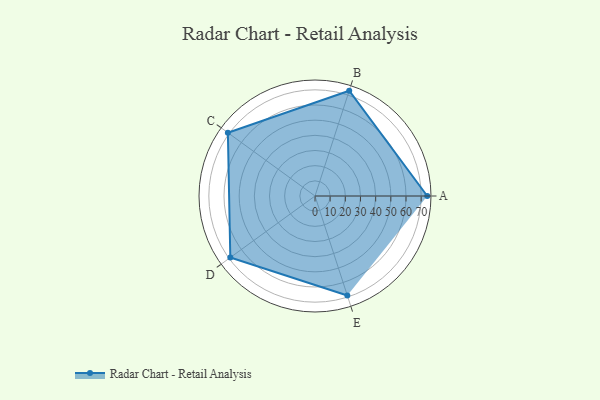
{"axis": {"x": "Skill", "y": "Score"}, "legend": ["Profile"], "data": [{"x": "A", "y": 74.0, "type": "Profile"}, {"x": "B", "y": 73.0, "type": "Profile"}, {"x": "C", "y": 71.0, "type": "Profile"}, {"x": "D", "y": 69.0, "type": "Profile"}, {"x": "E", "y": 69.0, "type": "Profile"}]}